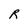
Character: R